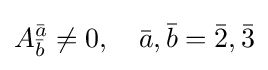
A_{\bar {b}}^{\bar {a}}\neq 0,\quad {\bar {a}},{\bar {b}}={\bar {2}},{\bar {3}}